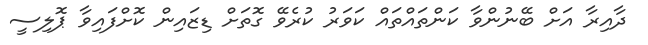
ދާއިރާ އަށް ބޭނުންވާ ކަންތައްތައް ކަވަރު ކުރެވޭ ގޮތަށް ޑިޒައިން ކޮށްފައިވާ ޕޮލިސީ